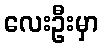
လေးဦးမှာ